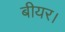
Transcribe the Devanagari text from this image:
बीयर।